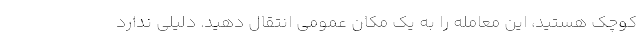
کوچک هستید، این معامله را به یک مکان عمومی انتقال دهید. دلیلی ندارد